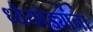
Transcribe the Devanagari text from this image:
ध्येयवेड्यांना